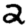
Digit: 2